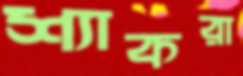
শ্যাকরা